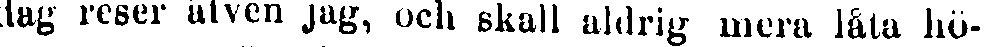
dag reser äfven jag, och skall aldrig mera låta hö-